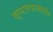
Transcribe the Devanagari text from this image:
स्मारकासमोर